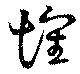
懐